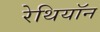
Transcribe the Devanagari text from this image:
रेथियॉन